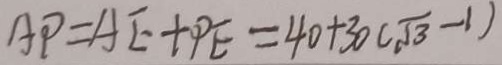
A P = A E + P E = 4 0 + 3 0 ( \sqrt { 3 } - 1 )